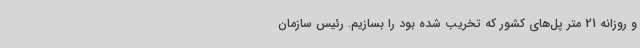
و روزانه 21 متر پل‌های کشور که تخریب شده بود را بسازیم. رئیس سازمان